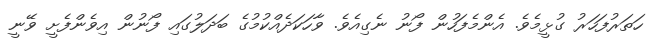
ހަތަރުފަހަރު ގުޅީމެވެ. އެންމެފަހުން ފޯނު ނެގިއެވެ. ވާހަކަދެއްކުމުގެ ބަދަލުގައި ފޯނުން އިވެންފެށީ ވޭނީ